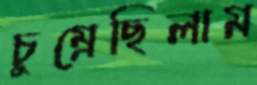
চুম্‌রেছিলাম